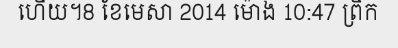
ហើយ។8 ខែមេសា 2014 ម៉ោង 10:47 ព្រឹក